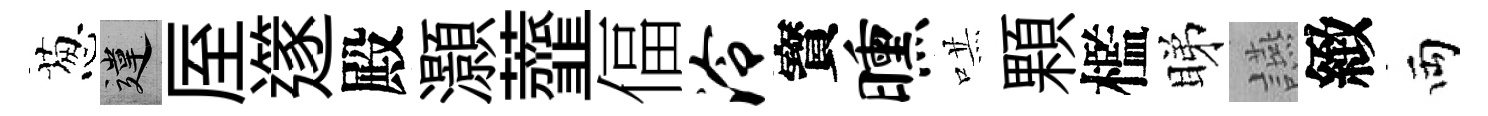
葱違厔𨗹殿灝虀偪泠寳曛哄顆檻睇讌緻両